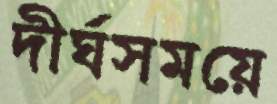
দীর্ঘসময়ে